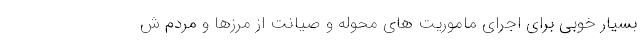
بسیار خوبی برای اجرای ماموریت های محوله و صیانت از مرزها و مردم ش